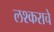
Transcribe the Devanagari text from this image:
लश्कराचे